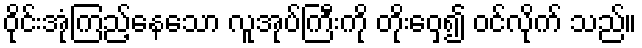
ဝိုင်းအုံကြည့်နေသော လူအုပ်ကြီးကို တိုးဝှေ့၍ ဝင်လိုက် သည်။